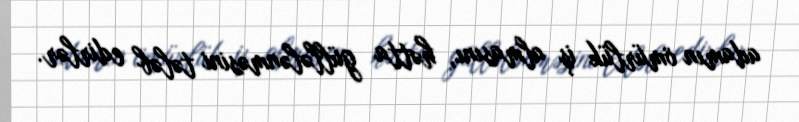
adamın ömürlük iş almasını, hətta güllələnməsini tələb edirlər.